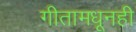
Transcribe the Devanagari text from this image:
गीतामधूनही